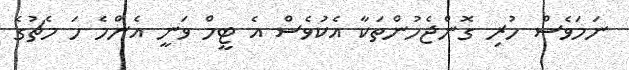
ނަމަވެސް ހުރި ގޮންޖެހުންތަކާ އެކުވެސް އެ ޓީމް ވަނީ އެންމެ ހަ މެޗުގެ